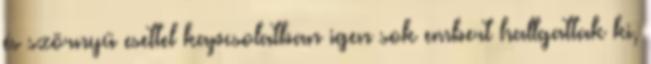
és szörnyű esettel kapcsolatban igen sok embert hallgattak ki,